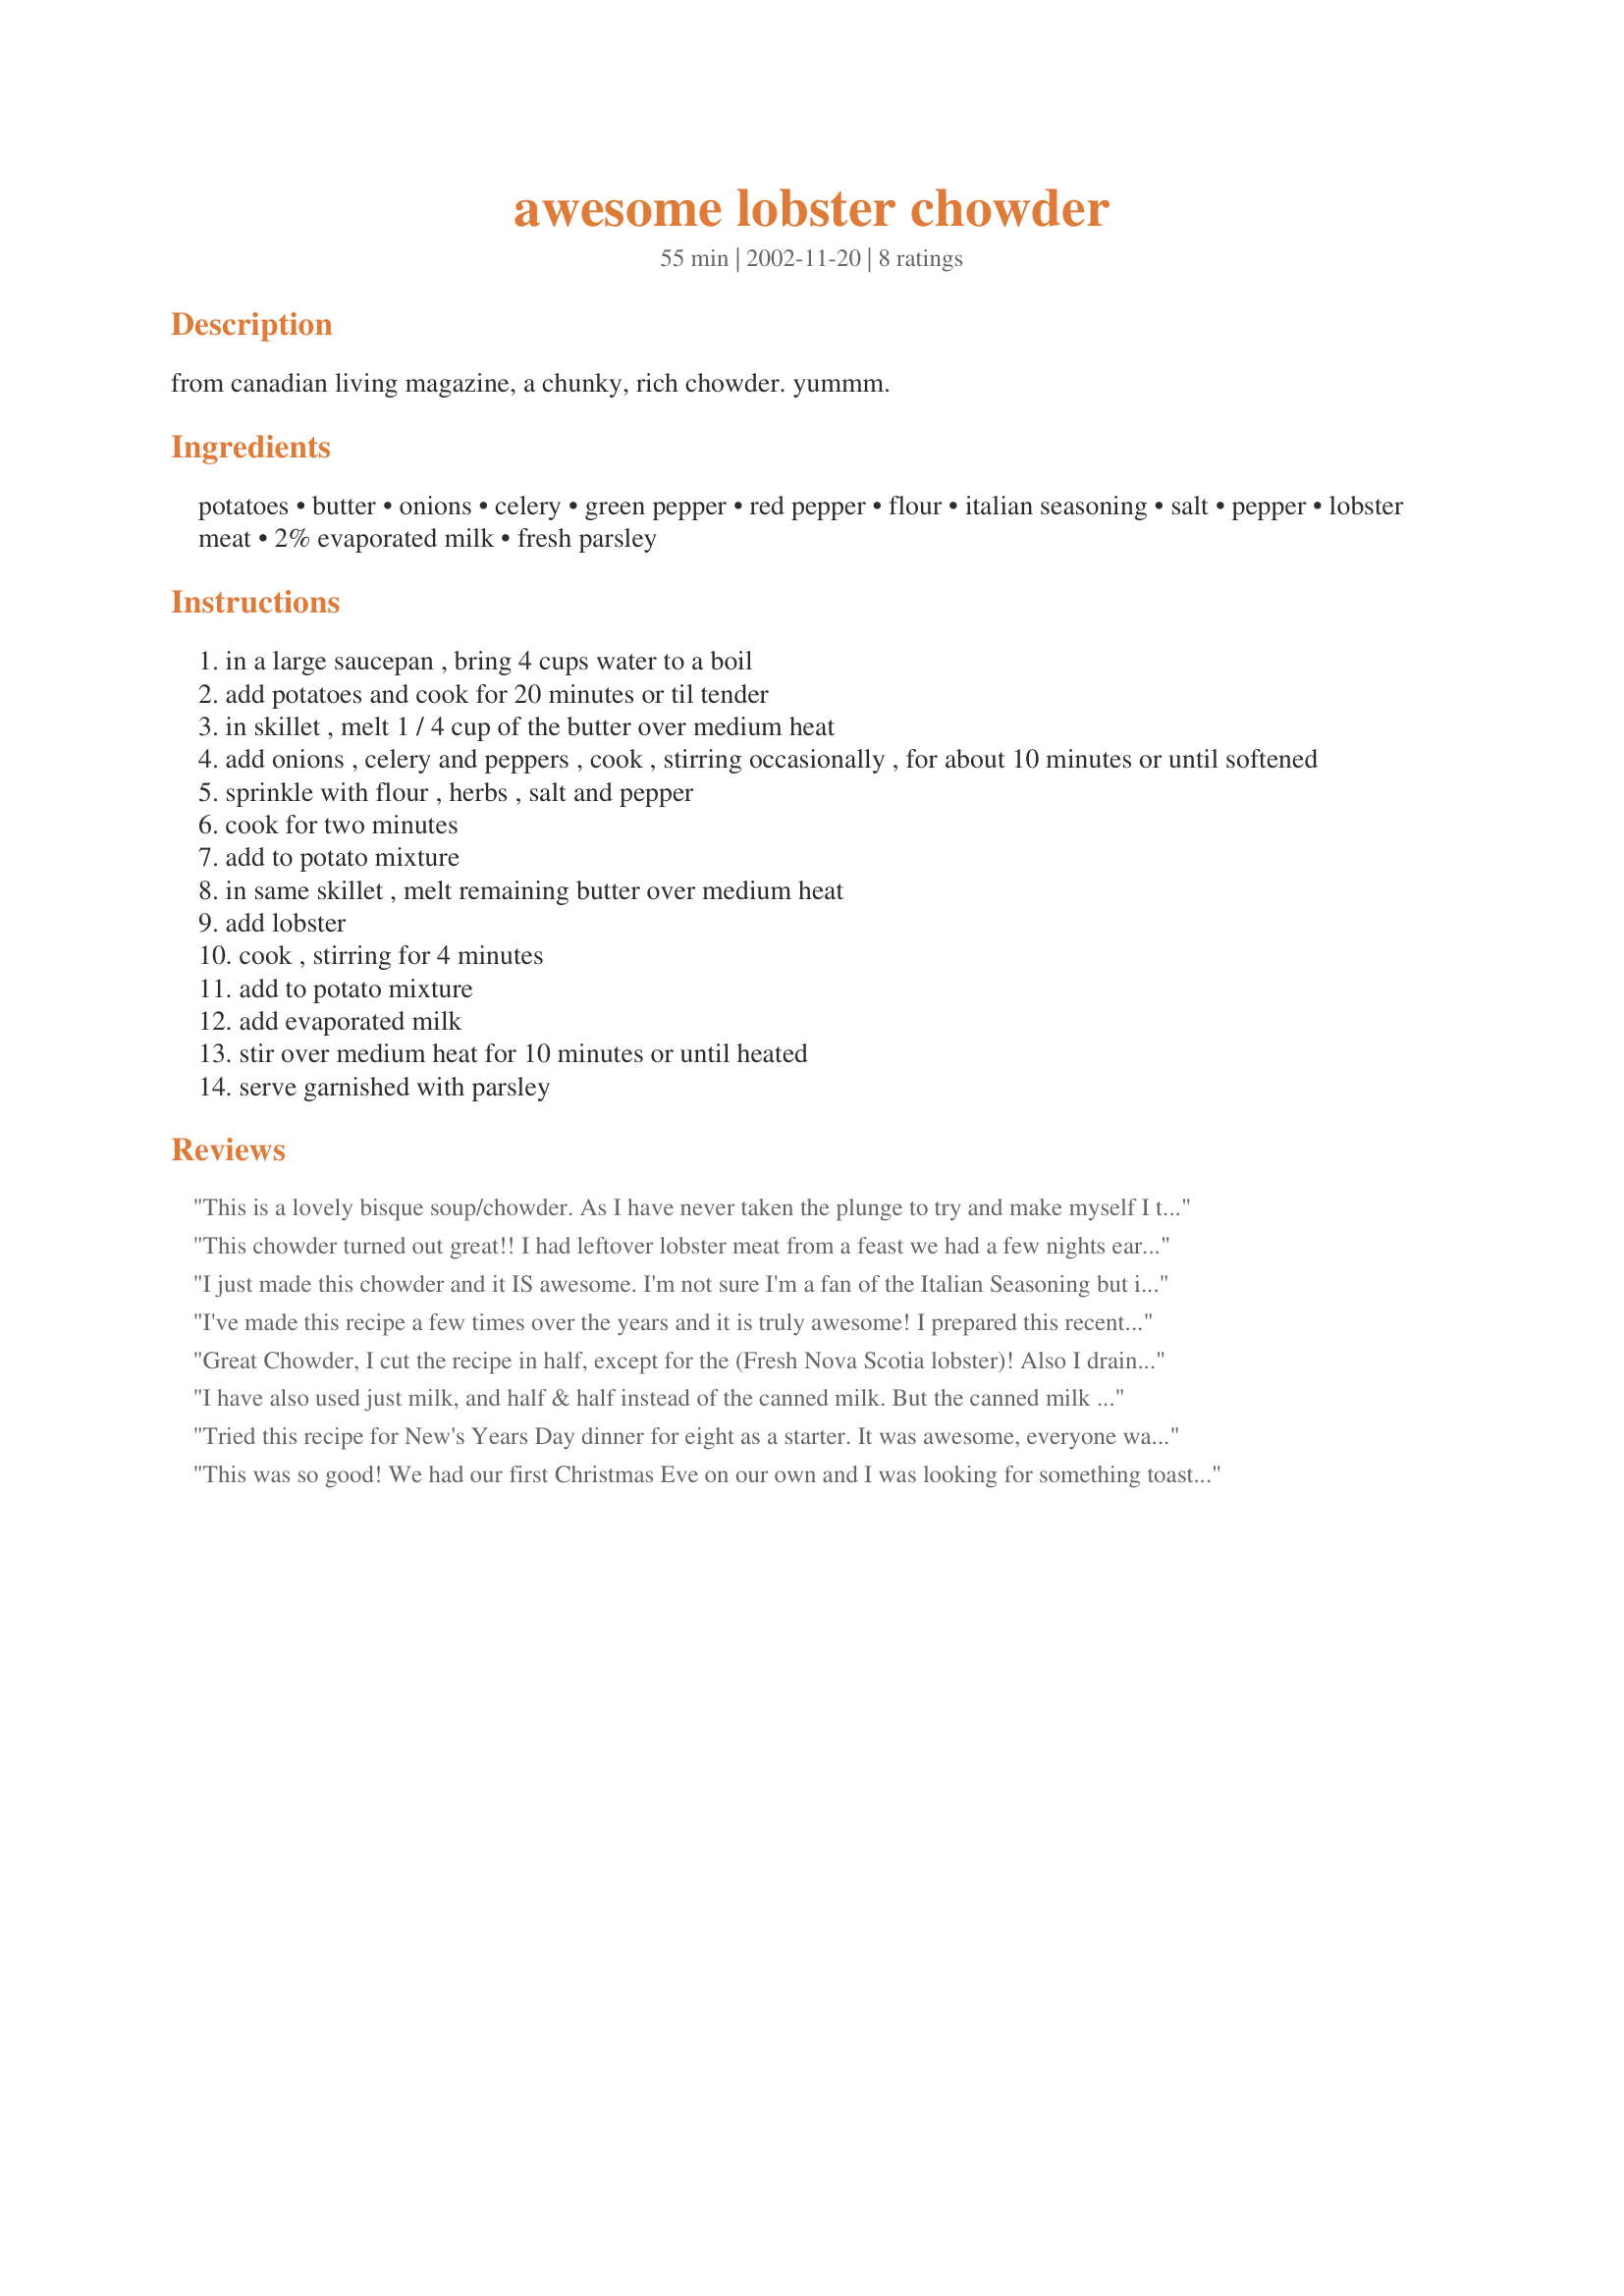
awesome lobster chowder
Preparation time: 55 minutes

from canadian living magazine, a chunky, rich chowder. yummm.

Ingredients:
potatoes, butter, onions, celery, green pepper, red pepper, flour, italian seasoning, salt, pepper, lobster meat, 2% evaporated milk, fresh parsley

Steps:
in a large saucepan , bring 4 cups water to a boil
add potatoes and cook for 20 minutes or til tender
in skillet , melt 1 / 4 cup of the butter over medium heat
add onions , celery and peppers , cook , stirring occasionally , for about 10 minutes or until softened
sprinkle with flour , herbs , salt and pepper
cook for two minutes
add to potato mixture
in same skillet , melt remaining butter over medium heat
add lobster
cook , stirring for 4 minutes
add to potato mixture
add evaporated milk
stir over medium heat for 10 minutes or until heated
serve garnished with parsley

Reviews:
This is a lovely bisque soup/chowder. As I have never taken the plunge to try and make myself I thought this recipe looked fairly easy. BB you have opened some doors for me to try more. I liked the pleasant and light taste (for a chowder) of this and find this would be a great camping soup as canned milk is plentiful and shelf safe. Followed directions exactly, using the frozen lobster bits. After tasting some, I did think it needed a bit of a kick, maybe some garlic or red pepper to liven it up some. However, that is our tastes. The chowder stands on its own as is and is quite tasty. Made FrenchTarts rustic crock bread to go with it for dinner tonight. Made for PAC Sept2009 edited 2/25/10 I have made this several times since the first time and my family and DH's family love it. I do add in a Tsp of minced garlic, some corn, and black pepper with red peppers on the table for individual tastes. Excellent. Upgrading stars for it's taste, versatility, and deliciousness.
This chowder turned out great!! I had leftover lobster meat from a feast we had a few nights earlier. Only thing I would change is to use half the pepper that the recipe calls for. We all enjoy food a little spicy, but found this spicier than it needed to be. Regardless, it was devoured and everyone, even the kids, liked it.
I just made this chowder and it IS awesome. I'm not sure I'm a fan of the Italian Seasoning but it didn't take away from the yumminess of this chowder. Next time I might try something else.

I followed the advice of Chef Wayne and drained the potato water and used 1% milk.

All in all.... YUM!

P.S. I'm far from a cook and didn't have a problem making this :)
I've made this recipe a few times over the years and it is truly awesome! I prepared this recently using 7 ounces of frozen lobster meat, substituted about 1 oz. of sliced sweet pimientos for the peppers and cut all other ingredients in half for a superb chowder for 4 or 5 servings.
Great Chowder, I cut the recipe in half, except for the (Fresh Nova Scotia lobster)! Also I drained the potatoes and added the evaporated milk and 1/2 cup of 1% milk,(ommitting the potato water makes it less starchy).

Will be making it again for Christmas.
I have also used just milk, and half & half instead of the canned milk. But the canned milk is too handy when you are on a boat! And the measurement for fresh lobster is really about 2 handfuls! So, however makes you happy!
Tried this recipe for New's Years Day dinner for eight as a starter. It was awesome, everyone wanted the recipe.Did use just one can of 2% evaporated milk and the other hal and half cream and added crab meat. I will make this again.
This was so good! We had our first Christmas Eve on our own and I was looking for something toasty, easy, and yet special. We had some friends over and everyone loved it! Thanks so much for posting this, I used frozen lobster and canned milk and served with a loaf of crusty bread so you could wipe the bowl to get every drop!
